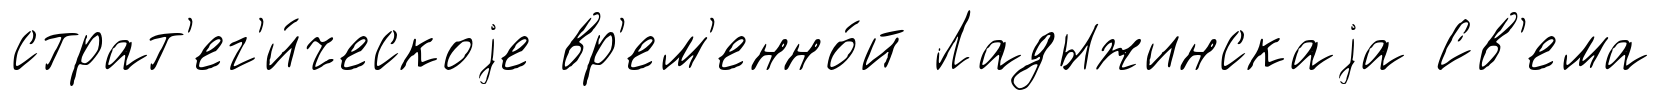
страт'ег'и́ческоjе вр'ем'енно́й Ладыжинскаjа Св'ема